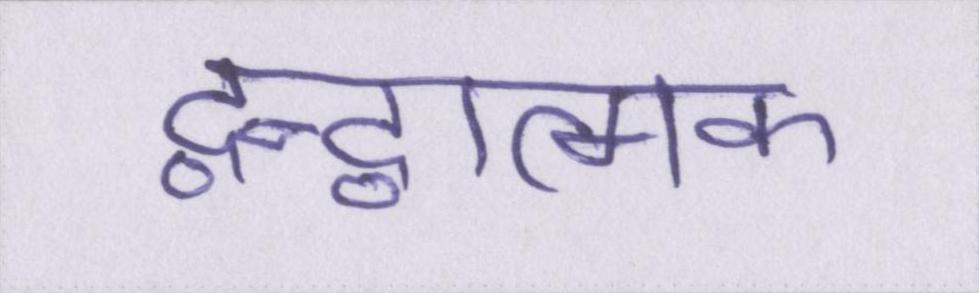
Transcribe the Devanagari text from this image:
द्वन्द्वात्मक